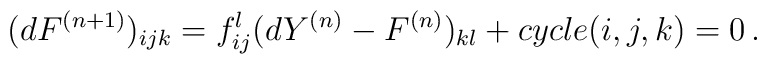
(dF^{(n+1)})_{ijk}=f_{ij}^l(dY^{(n)}-F^{(n)})_{kl}+cycle(i,j,k)=0\,.